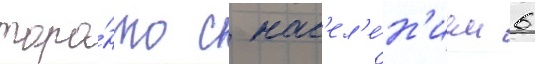
торо́нто с нас'ел'е́н'ием 6